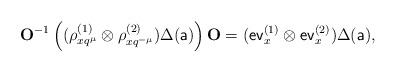
LaTeX: \begin{align*}{\mathbf O}^{-1}\left((\rho^{(1)}_{xq^{\mu}} \otimes \rho^{(2)}_{xq^{-\mu}} )\Delta(\mathsf{a})\right){\mathbf O} = (\mathsf{ev}^{(1)}_{x} \otimes \mathsf{ev}^{(2)}_{x}) \Delta(\mathsf{a}), \end{align*}